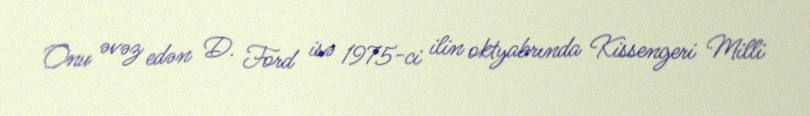
Onu əvəz edən D. Ford isə 1975-ci ilin oktyabrında Kissengeri Milli